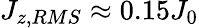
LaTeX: J_{z,RMS}\approx 0.15J_{0}